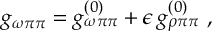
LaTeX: g _ { \omega \pi \pi } = g _ { \omega \pi \pi } ^ { ( 0 ) } + \epsilon \, g _ { \rho \pi \pi } ^ { ( 0 ) } \ ,